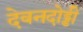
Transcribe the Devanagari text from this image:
देवनदोड्डी